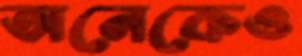
অনেকেও